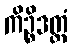
ကိဉ္စိဒတ္ထံ